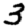
Digit: 3